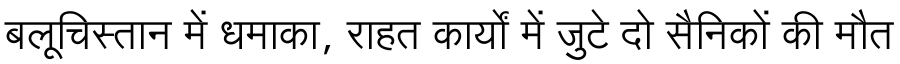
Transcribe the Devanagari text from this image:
बलूचिस्तान में धमाका, राहत कार्यों में जुटे दो सैनिकों की मौत